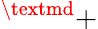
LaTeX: ^\textmd{+}